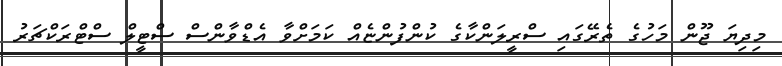
މިދިޔަ ޖޫން މަހުގެ ތެރޭގައި ސްރީލަންކާގެ ކުންފުންޏެއް ކަމަށްވާ އެޑްވާންސް ސްޓީލް ސްޓްރަކްޗަރު